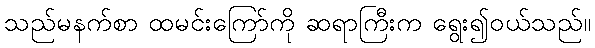
သည်မနက်စာ ထမင်းကြော်ကို ဆရာကြီးက ရွေး၍ဝယ်သည်။